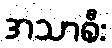
အသာစီး